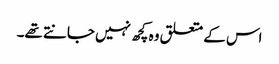
اس کے متعلق وہ کچھ نہیں جانتے تھے۔